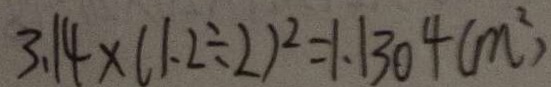
3 . 1 4 \times ( 1 . 2 \div 2 ) ^ { 2 } = 1 . 1 3 0 4 ( m ^ { 2 } )